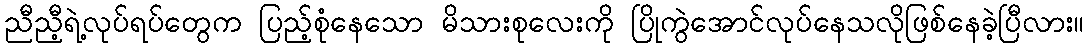
ညီညီ့ရဲ့လုပ်ရပ်တွေက ပြည့်စုံနေသော မိသားစုလေးကို ပြိုကွဲအောင်လုပ်နေသလိုဖြစ်နေခဲ့ပြီလား။